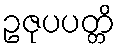
ဥဇုပပတ္တိ